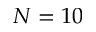
N = 1 0